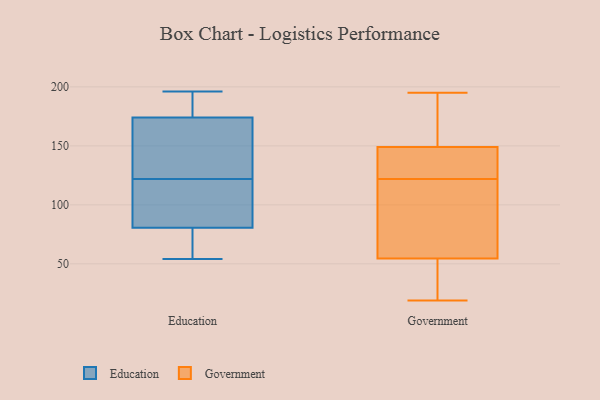
{"axis": {"x": "Net Income (USD K)", "y": "Value"}, "legend": ["Education", "Government"], "data": [{"x": "", "y": 189, "type": "Education"}, {"x": "", "y": 127, "type": "Education"}, {"x": "", "y": 189, "type": "Education"}, {"x": "", "y": 54, "type": "Education"}, {"x": "", "y": 94, "type": "Education"}, {"x": "", "y": 59, "type": "Education"}, {"x": "", "y": 196, "type": "Education"}, {"x": "", "y": 98, "type": "Education"}, {"x": "", "y": 142, "type": "Education"}, {"x": "", "y": 159, "type": "Education"}, {"x": "", "y": 117, "type": "Education"}, {"x": "", "y": 67, "type": "Education"}, {"x": "", "y": 124, "type": "Government"}, {"x": "", "y": 52, "type": "Government"}, {"x": "", "y": 195, "type": "Government"}, {"x": "", "y": 59, "type": "Government"}, {"x": "", "y": 165, "type": "Government"}, {"x": "", "y": 89, "type": "Government"}, {"x": "", "y": 128, "type": "Government"}, {"x": "", "y": 192, "type": "Government"}, {"x": "", "y": 19, "type": "Government"}, {"x": "", "y": 144, "type": "Government"}, {"x": "", "y": 184, "type": "Government"}, {"x": "", "y": 154, "type": "Government"}, {"x": "", "y": 32, "type": "Government"}, {"x": "", "y": 91, "type": "Government"}, {"x": "", "y": 120, "type": "Government"}, {"x": "", "y": 126, "type": "Government"}, {"x": "", "y": 20, "type": "Government"}, {"x": "", "y": 57, "type": "Government"}, {"x": "", "y": 50, "type": "Government"}, {"x": "", "y": 141, "type": "Government"}]}